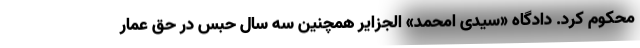
محکوم کرد. دادگاه «سیدی امحمد» الجزایر همچنین سه سال حبس در حق عمار